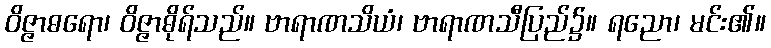
ဝိဇ္ဇာဓရော၊ ဝိဇ္ဇာဓိုရ်သည်။ ဗာရာဏသိယံ၊ ဗာရာဏသီပြည်၌။ ရညော၊ မင်း၏။